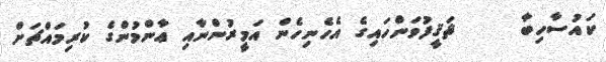
ކައުސާހިބާ     ޘަޤީފުވަންހައިގެ އެހެނިހެން އަމީރުންނާއި ޢާންމުންގެ ކުރިމައްޗަށް